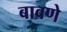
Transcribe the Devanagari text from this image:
बावणे